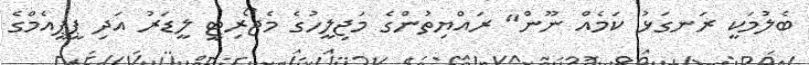
ބެލުމަކީ ރަނގަޅު ކަމެއް ނޫން" ރައްޔިތުންގެ މަޖިލީހުގެ މެޖޯރިޓީ ލީޑަރު އަދި ޕީޕީއެމްގެ